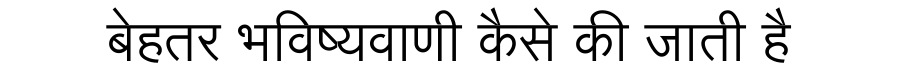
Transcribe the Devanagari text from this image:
बेहतर भविष्यवाणी कैसे की जाती है